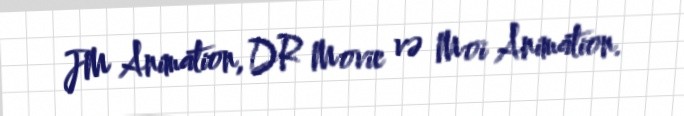
JM Animation, DR Movie və Moi Animation.